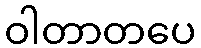
ဝါတာတပေ